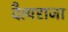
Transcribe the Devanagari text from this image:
दैत्यराजा